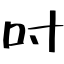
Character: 吋